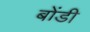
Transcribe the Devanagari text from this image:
बोंडी